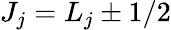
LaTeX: J_{j}=L_{j}\pm 1/2